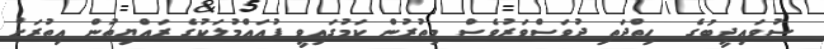
ސުވައިދީބުގެ  ހިތްދަތި ދުވަސްވަރުވެސް މިތުރުން ކަމުގައިވީ ފުއައްމުލަކުގެ ރައްޔިތުން އިތުރަށް